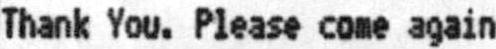
THANK YOU. PLEASE COME AGAIN